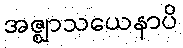
အဇ္ဈာသယေနာပိ